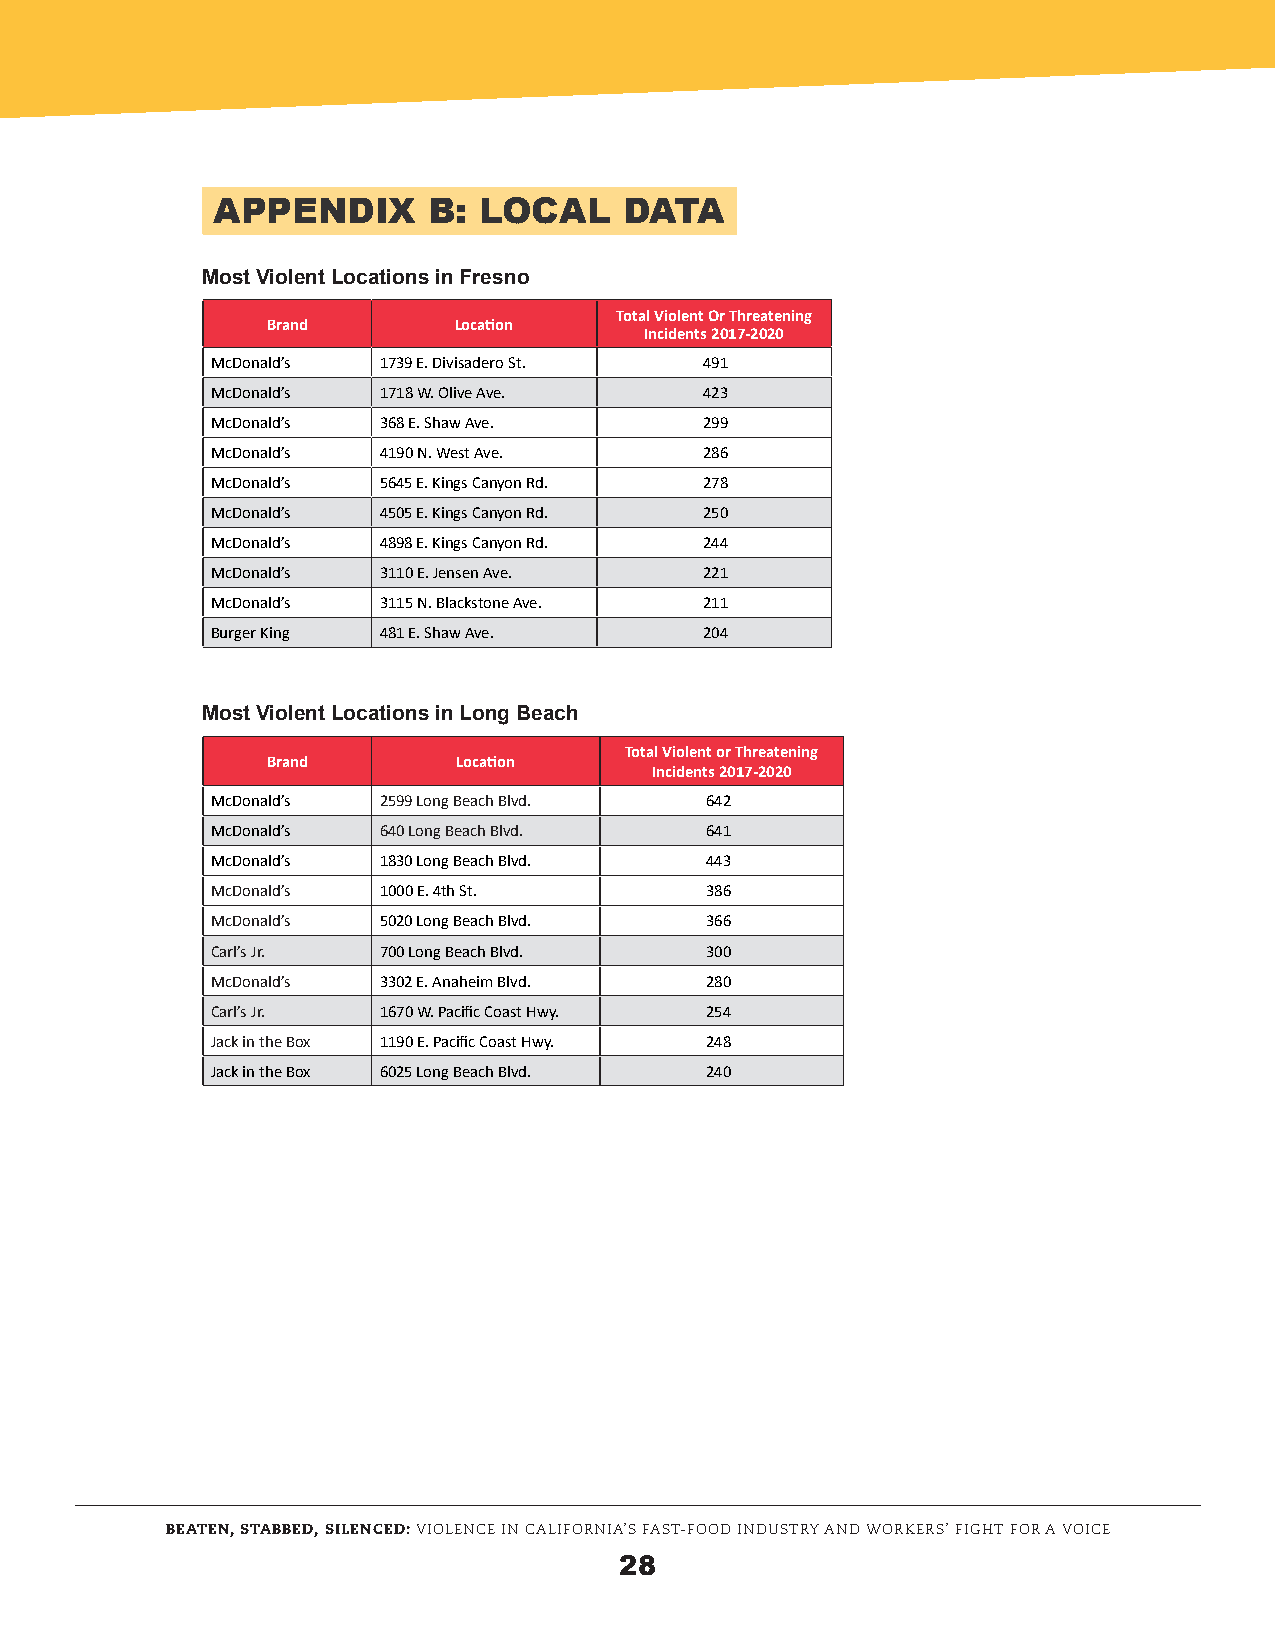
APPENDIX      B:  LOCAL    DATA
 Most Violent Locations in Fresno
 Total Violent Or Threatening
 Brand       Location
 Incidents 2017-2020
 McDonald’s 1739 E. Divisadero St. 491
 McDonald’s 1718 W. Olive Ave.    423
 McDonald’s 368 E. Shaw Ave.      299
 McDonald’s 4190 N. West Ave.     286
 McDonald’s 5645 E. Kings Canyon Rd. 278
 McDonald’s 4505 E. Kings Canyon Rd. 250
 McDonald’s 4898 E. Kings Canyon Rd. 244
 McDonald’s 3110 E. Jensen Ave.   221
 McDonald’s 3115 N. Blackstone Ave. 211
 Burger King 481 E. Shaw Ave.     204
 Most Violent Locations in Long Beach
 Total Violent or Threatening
 Brand       Location
 Incidents 2017-2020
 McDonald’s 2599 Long Beach Blvd. 642
 McDonald’s 640 Long Beach Blvd.  641
 McDonald’s 1830 Long Beach Blvd. 443
 McDonald’s 1000 E. 4th St.       386
 McDonald’s 5020 Long Beach Blvd. 366
 Carl’s Jr. 700 Long Beach Blvd.  300
 McDonald’s 3302 E. Anaheim Blvd. 280
 Carl’s Jr. 1670 W. Pacific Coast Hwy. 254
 Jack in the Box 1190 E. Pacific Coast Hwy. 248
 Jack in the Box 6025 Long Beach Blvd. 240
 BEATEN, STABBED, SILENCED: VIOLENCE IN CALIFORNIA’S FAST-FOOD INDUSTRY AND WORKERS’ FIGHT FOR A VOICE
 28